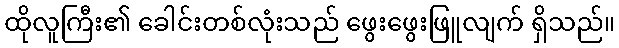
ထိုလူကြီး၏ ခေါင်းတစ်လုံးသည် ဖွေးဖွေးဖြူလျက် ရှိသည်။